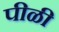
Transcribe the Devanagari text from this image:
पीळी